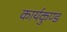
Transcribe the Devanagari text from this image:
कार्यकुण्ड